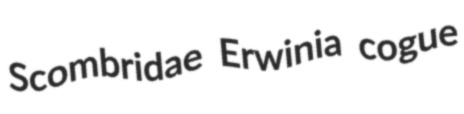
Scombridae Erwinia cogue